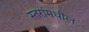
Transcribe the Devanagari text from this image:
स्तरांमधील